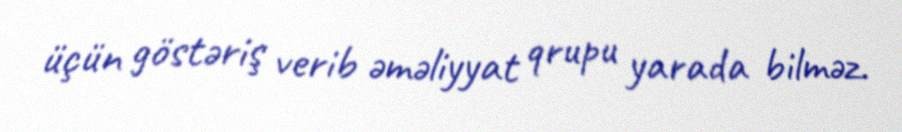
üçün göstəriş verib əməliyyat qrupu yarada bilməz.